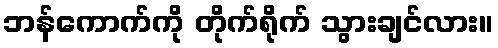
ဘန်ကောက်ကို တိုက်ရိုက် သွားချင်လား။